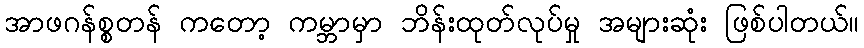
အာဖဂန်စ္စတန် ကတော့ ကမ္ဘာမှာ ဘိန်းထုတ်လုပ်မှု အများဆုံး ဖြစ်ပါတယ်။